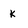
Character: k